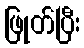
ဖြုတ်ပြီး